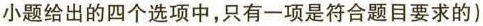
小题给出的四个选项中，只有一项是符合题目要求的)